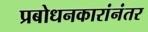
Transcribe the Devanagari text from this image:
प्रबोधनकारांनंतर